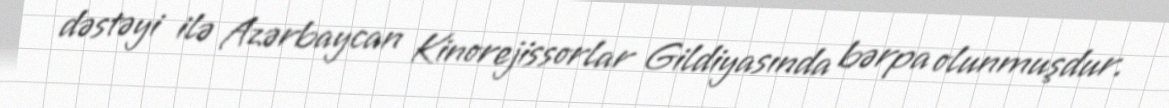
dəstəyi ilə Azərbaycan Kinorejissorlar Gildiyasında bərpa olunmuşdur.